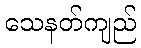
သေနတ်ကျည်